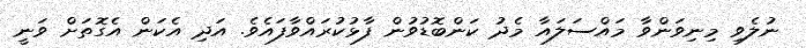
ނުލެވި މިނިވަންވާ މައްސަލައާ މެދު ކަންބޮޑުވުން ފާޅުކުރައްވާފައެވެ. އަދި އެކަން އެގޮތަށް ވަނީ